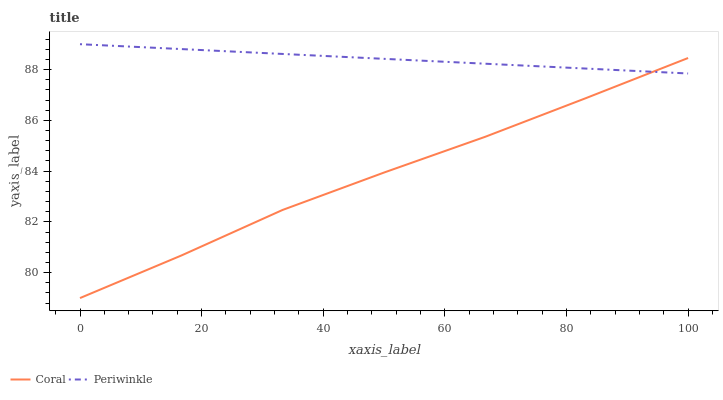
| xaxis_label | Coral | Periwinkle |
 | --- | --- | --- |
 | 0 | 79 | 89 |
 | 16.7 | 80.7 | 88.8 |
 | 33.3 | 82.5 | 88.6 |
 | 50 | 83.9 | 88.4 |
 | 66.7 | 85.4 | 88.2 |
 | 83.3 | 86.9 | 88 |
 | 100 | 88.5 | 87.8 |